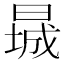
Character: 𬁃